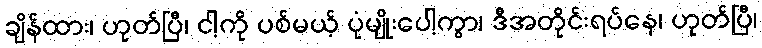
ချိန်ထား၊ ဟုတ်ပြီ၊ ငါ့ကို ပစ်မယ့် ပုံမျိုးပေါ့ကွာ၊ ဒီအတိုင်းရပ်နေ၊ ဟုတ်ပြီ၊